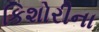
કિશોરીના